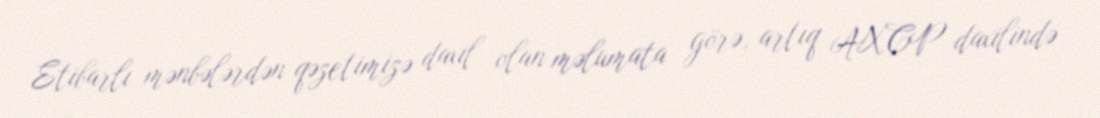
Etibarlı mənbələrdən qəzetimizə daxil olan məlumata görə, artıq AXCP daxilində